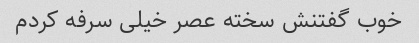
خوب گفتنش سخته عصر خیلی سرفه کردم